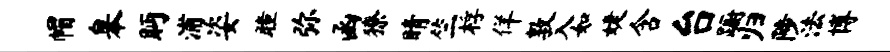
帽皋眄浦姿瞳弥函獠睛竺桴佯敦入如婕含台蹰归陟法博